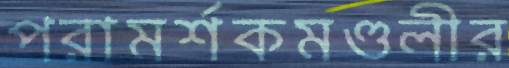
পরামর্শকমণ্ডলীর